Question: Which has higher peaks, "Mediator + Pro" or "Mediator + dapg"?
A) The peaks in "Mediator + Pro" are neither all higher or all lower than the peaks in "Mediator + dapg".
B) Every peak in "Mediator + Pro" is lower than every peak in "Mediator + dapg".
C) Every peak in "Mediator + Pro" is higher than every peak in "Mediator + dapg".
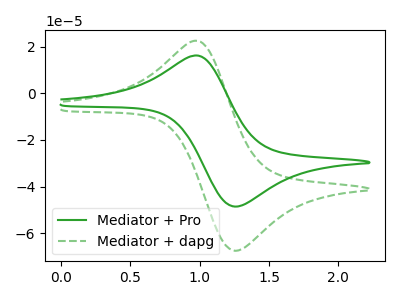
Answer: <think>The green curve "Mediator + Pro" has an anodic peak at (1.00V, 16.20uA) and a cathodic peak at (1.25V, -48.55uA). The green dashed curve "Mediator + dapg" has an anodic peak at (1.00V, 22.50uA) and a cathodic peak at (1.25V, -67.50uA).</think>
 <answer>B) Every peak in "Mediator + Pro" is lower than every peak in "Mediator + dapg".</answer>
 <eval>B</eval>